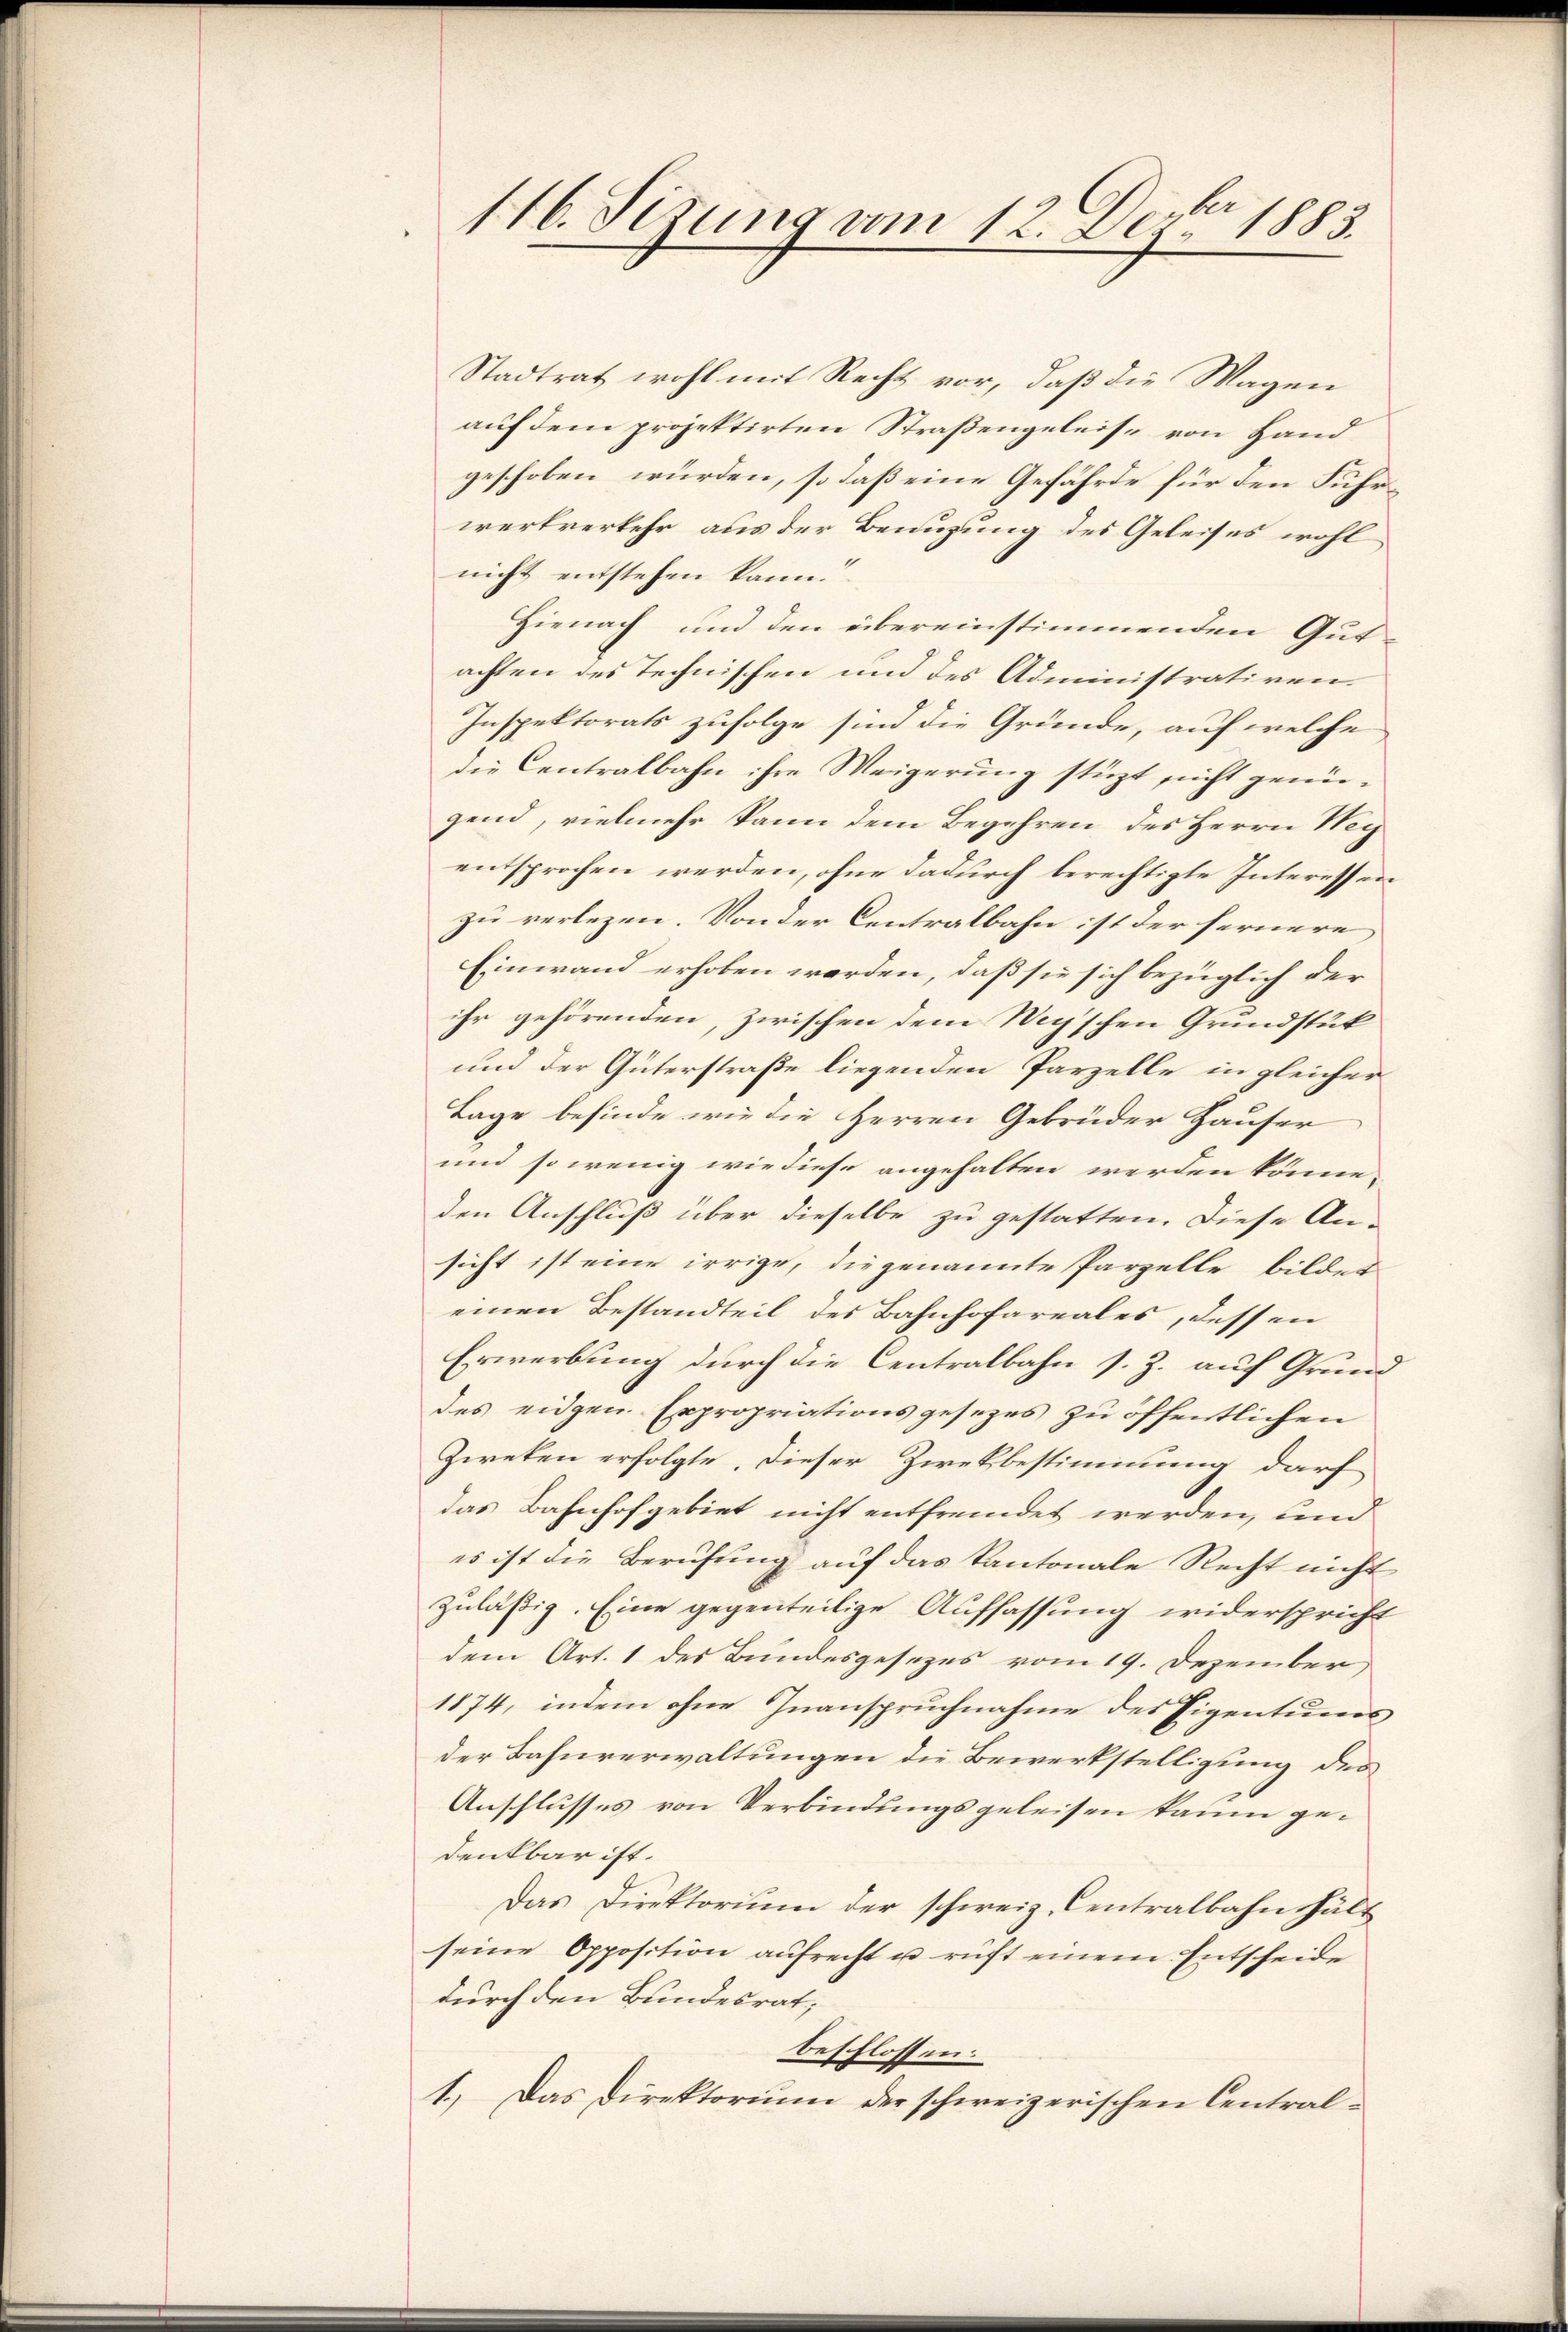
116. Sizung vom 12. Dezbr. 1883.

Stadtrat wohl mit Recht vor, daß die Magen
auf dem projektirten Straßengeleise von Handgeschoben würden, so daß eine Gefährde für den Fuhrwertverkehr aus der Benuzung des Geleises wohl
nicht entstehen kann.
Hienach und den übereinstimmenden Gut-
achten des Technischen und des Administrativen.
Inspektorats zufolge sind die Gründe, auf welche
die Centralbahn ihre Weigerung stüzt nicht genügend, vielmehr kann dem Begehren des Herrn Wey
entsprochen werden, ohne dadurch berechtigte Interessen
zu verlezen. Von der Centralbahn ist der fernere
Einwand erhoben werden, daß sie sich bezüglich der
ihr gehörenden, zwischen dem Wegschen Grundstük
und der Güterstraße liegenden Parzelle in gleicher
Lage befinde wie die Herren Gebrüder Hauser
und so wenig wie diese angehalten werden könne,
den Anschluß über dieselbe zu gestatten. Diese An-
sicht ist eine irrige, die genannte Parzelle bilder
einen Bestandteil des Bahnhofareales, dessen
Erwerbung durch die Centralbahn s. Z. auf Grund
des eidgen. Expropriationsgesezes zu öffentlichen
Zweken erfolgte. Dieser Zwekbestimmung darf
das Bahnhofgebiet nicht entfremdet werden, und
es ist die Berufung auf das kantonale Recht nicht
zuläßig. Eine gegenteilige Auffassung widerspricht
dem Art. 1 des Bundesgesezes vom 19. Dezember
1874, indem ohne Inanspruchnahme des Pipentums
der Bahnverwaltungen die Bewerkstelligung des
Anschlusses von Verbindungsgeleisen kaum gedenkbar ist.
Das Direktorium der schweiz. Centralbahn hält
seine Opposition aufrecht u ruft einem Entscheide
durch den Bundesrat,
beschlossen:
1.) Das Direktorium der schweizerischen Central¬